Note on the mental hospitals in Burma - 1925-1940
Year: 1925
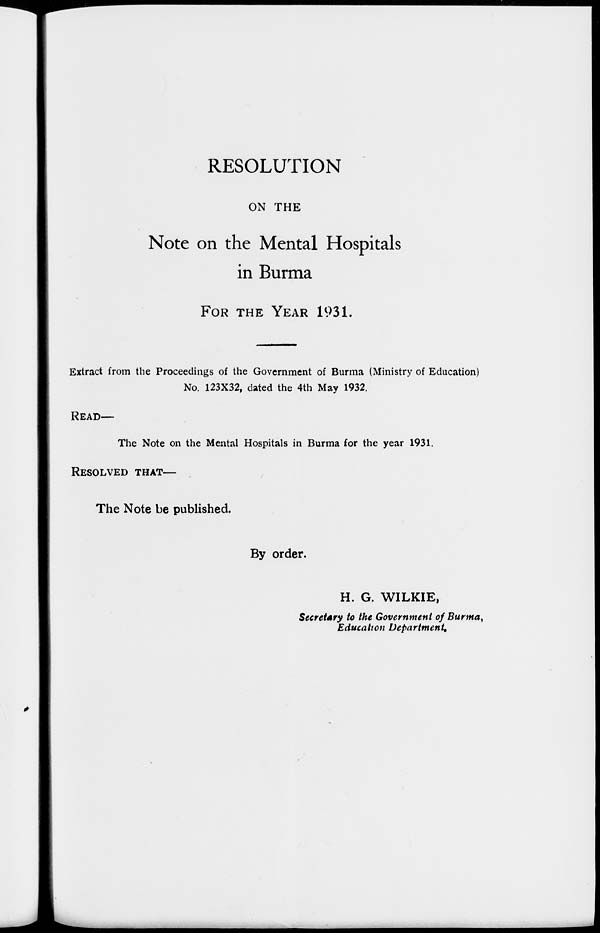
RESOLUTION
ON THE
Note on the Mental Hospitals
in Burma
FOR THE YEAR 1931.
Extract from the Proceedings of the Government of Burma (Ministry of Education)
No. 123X32, dated the 4th May 1932.
READ—
The Note on the Mental Hospitals in Burma for the year 1931.
RESOLVED THAT—
The Note be published.
By order.
H. G. WILKIE,
Secretary to the Government of Burma,
Education Department.